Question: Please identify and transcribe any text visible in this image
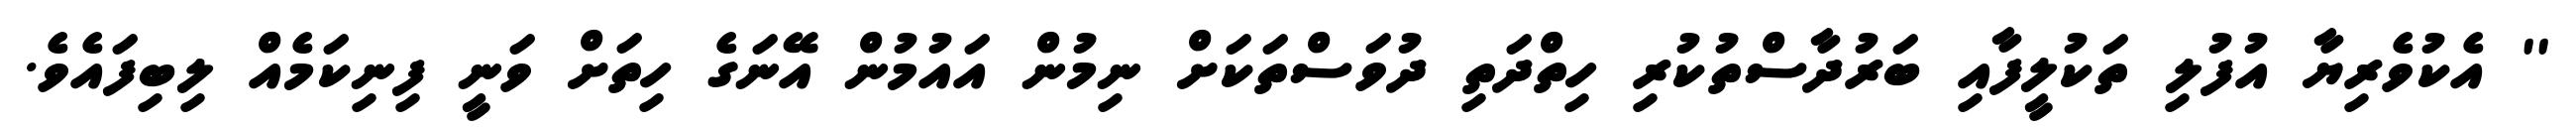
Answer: '' އެކުވެރިޔާ އުފުލި ތަކުލީފާއި ބަރުދާސްތުކުރި ހިތްދަތި ދުވަސްތަކަށް ނިމުން އައުމުން އޭނަގެ ހިތަށް ވަނީ ފިނިކަމެއް ލިބިފައެވެ.